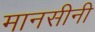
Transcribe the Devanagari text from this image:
मानसीनी